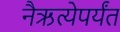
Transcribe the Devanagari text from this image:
नैऋत्येपर्यंत